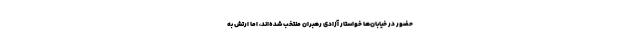
حضور در خیابان‌ها خواستار آزادی رهبران منتخب شده‌اند، اما ارتش به